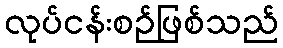
လုပ်ငန်းစဉ်ဖြစ်သည်